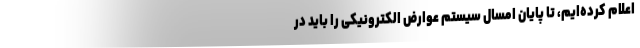
اعلام کرده‌ایم، تا پایان امسال سیستم عوارض الکترونیکی را باید در